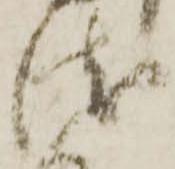
衛